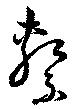
繋